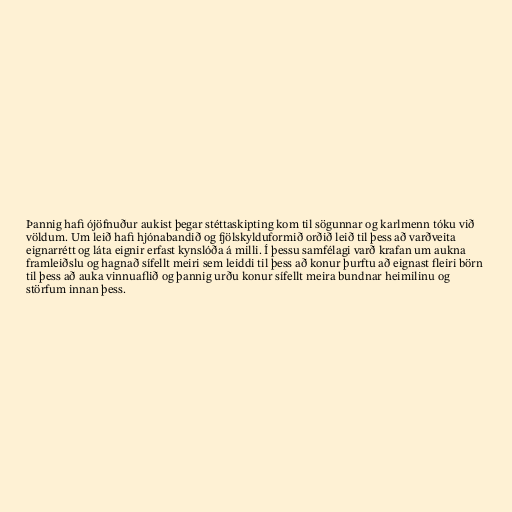
Þannig hafi ójöfnuður aukist þegar stéttaskipting kom til sögunnar og karlmenn tóku við
völdum. Um leið hafi hjónabandið og fjölskylduformið orðið leið til þess að varðveita
eignarrétt og láta eignir erfast kynslóða á milli. Í þessu samfélagi varð krafan um aukna
framleiðslu og hagnað sífellt meiri sem leiddi til þess að konur þurftu að eignast fleiri börn
til þess að auka vinnuaflið og þannig urðu konur sífellt meira bundnar heimilinu og
störfum innan þess.